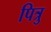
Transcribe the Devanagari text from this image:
पित्रु